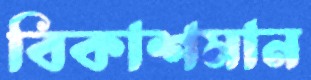
বিকাশমান